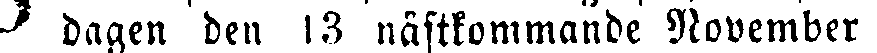
# dagen den 13 nästkommande November